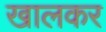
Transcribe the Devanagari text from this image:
खालकर